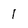
Character: 1